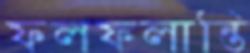
ফলফলান্তি